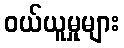
ဝယ်ယူမှုများ